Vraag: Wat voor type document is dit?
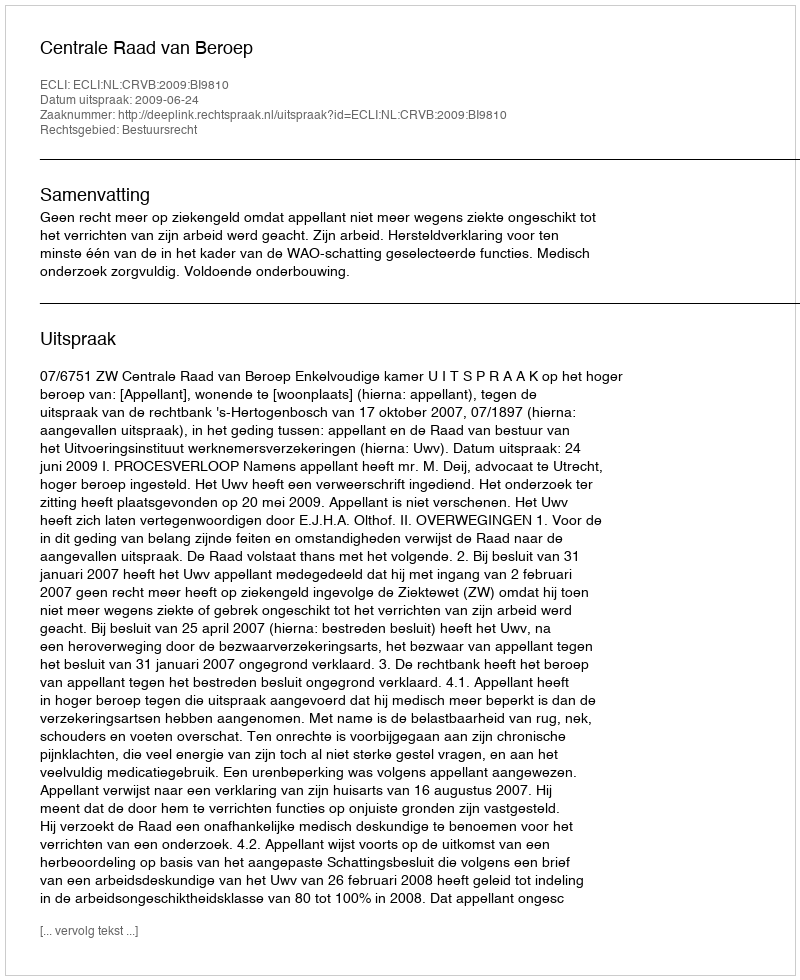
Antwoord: Uitspraak